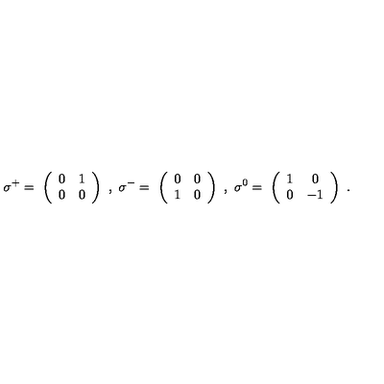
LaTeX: \sigma ^ { + } = \ \left( \begin{array} { c c } { 0 } & { 1 } \\ { 0 } & { 0 } \\ \end{array} \right) \ , \ \sigma ^ { - } = \ \left( \begin{array} { c c } { 0 } & { 0 } \\ { 1 } & { 0 } \\ \end{array} \right) \ , \ \sigma ^ { 0 } = \ \left( \begin{array} { c c } { 1 } & { 0 } \\ { 0 } & { - 1 } \\ \end{array} \right) \ .